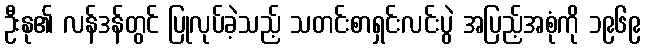
ဦးနု၏ လန်ဒန်တွင် ပြုလုပ်ခဲ့သည့် သတင်းစာရှင်းလင်းပွဲ အပြည့်အစုံကို ၁၉၆၉